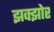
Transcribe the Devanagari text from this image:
झक्झोर